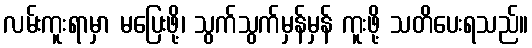
လမ်းကူးရာမှာ မပြေးဖို့၊ သွက်သွက်မှန်မှန် ကူးဖို့ သတိပေးရသည်။